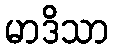
မာဒိသာ